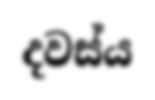
දවස්ය